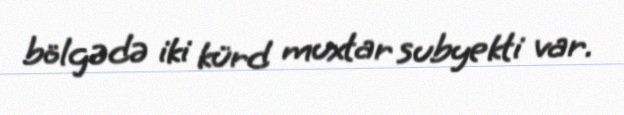
bölgədə iki kürd muxtar subyekti var.